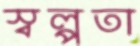
স্বল্পতা